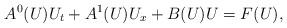
LaTeX: \begin{align*}A^0(U) U_t+A^1(U) U_x+B(U)U=F(U),\end{align*}